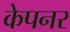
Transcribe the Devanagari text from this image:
केपनर